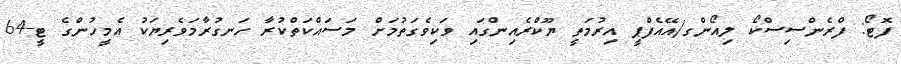
ފޮޓޯ: ފްރެންސިސްކޯ ލިއޯންގ/އޭއެފްޕީ އިރުމަތީ ޔޫކްރެއިންގައި ވަކިވެގަތުމަށް މަސައްކަތްކުރާ ހަނގުރާމަވެރިޔަކު އެމީހުންގެ ޓީ-64